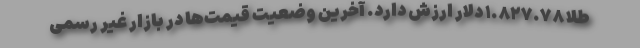
طلا ۱.۸۲۷.۷۸ دلار ارزش دارد. آخرین وضعیت قیمت‌ها در بازار غیر رسمی